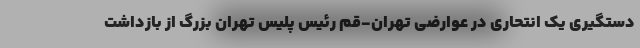
دستگیری یک انتحاری در عوارضی تهران-قم رئیس پلیس تهران بزرگ از بازداشت